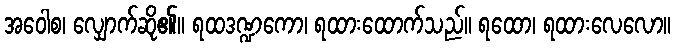
အဝေါစ၊ လျှောက်ဆို၏။ ရထဒဏ္ဍကော၊ ရထားထောက်သည်။ ရထော၊ ရထားလေလော။